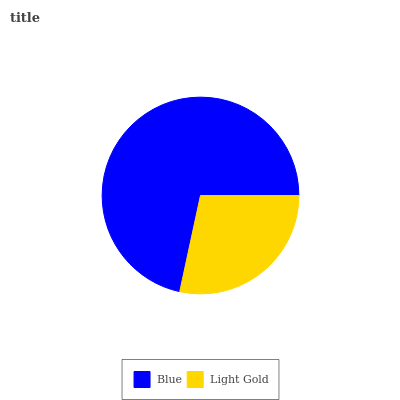
| Blue | Light Gold |
 | --- | --- |
 | 71.7% | 28.3% |